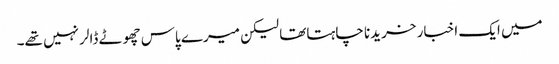
میں ایک اخبار خریدنا چاہتاتھا لیکن میرے پاس چھوٹے ڈالر نہیں تھے۔